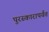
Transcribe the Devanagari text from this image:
पुरस्कारापर्यंत